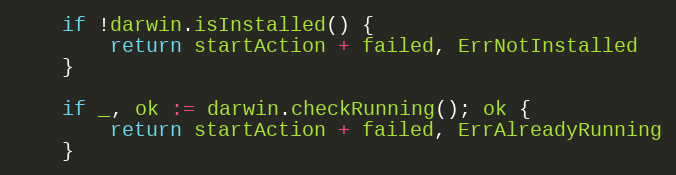
Language: Go
	if !darwin.isInstalled() {
		return startAction + failed, ErrNotInstalled
	}

	if _, ok := darwin.checkRunning(); ok {
		return startAction + failed, ErrAlreadyRunning
	}